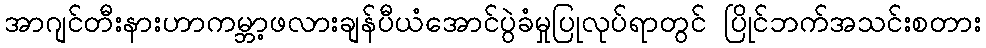
အာဂျင်တီးနားဟာကမ္ဘာ့ဖလားချန်ပီယံအောင်ပွဲခံမှုပြုလုပ်ရာတွင် ပြိုင်ဘက်အသင်းစတား